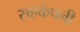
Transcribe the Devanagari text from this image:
सहकंपनी